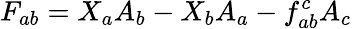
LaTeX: F_{ab}=X_{a}A_{b}-X_{b}A_{a}-f_{ab}^{c}A_{c}